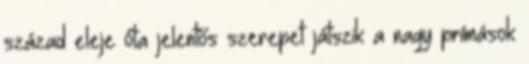
század eleje óta jelentős szerepet játszik a nagy prímások